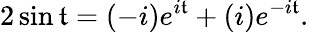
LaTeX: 2\sin\mathfrak{t}=(-i)e^{i\mathfrak{t}}+(i)e^{-i\mathfrak{t}}.